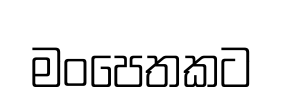
මංපෙතකට